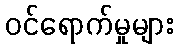
ဝင်ရောက်မှုများ